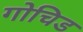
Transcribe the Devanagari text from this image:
गोचिड